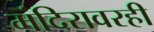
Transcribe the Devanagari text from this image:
मंदिरावरही